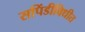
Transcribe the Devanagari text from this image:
सपिंडीविधीत